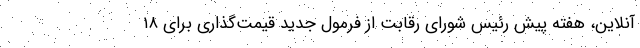
آنلاین، هفته پیش رئیس شورای رقابت از فرمول جدید قیمت‌گذاری برای ۱۸